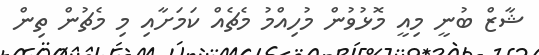
ޝާޒް ބުނީ މިއީ މޮޅުވުން މުހިއްމު މެެޗެއް ކަމަށާއި މި މެޗުން ތިން